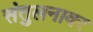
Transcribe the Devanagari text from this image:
संतुलनावर